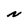
Character: N